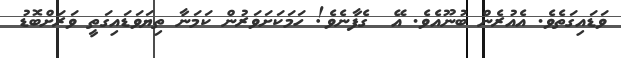
ވަޑައިގަތެވެ. އެއުރެން ބުނޫއެވެ. އޭ  ގެފާނެވެ! ހަމަކަށަވަރުން ކަމަނާ ތިޔަވަޑައިގަތީ ވަރަށްބޮޑު